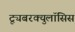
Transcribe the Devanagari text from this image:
ट्यूबरक्युलॉसिस